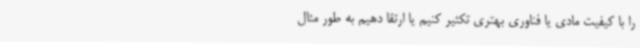
را با کیفیت مادی یا فناوری بهتری تکثیر کنیم یا ارتقا دهیم به طور مثال